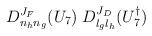
LaTeX: \begin{align*}D^{J_F}_{n_hn_g}(U_7)\;D^{J_D}_{l_gl_h}(U_7^\dagger)\end{align*}